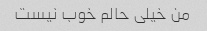
من خیلی حالم خوب نیست